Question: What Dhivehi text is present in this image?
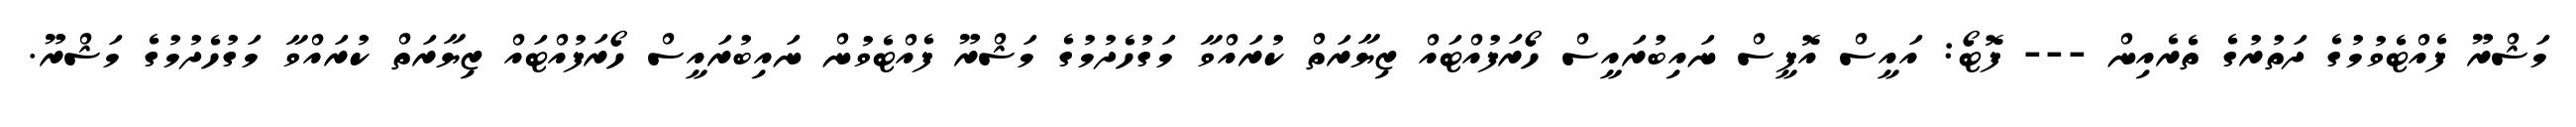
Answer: މަޝްރޫ ފެއްޓެވުމުގެ ދަތުރުގެ ތެރެއިން --- ފޮޓޯ: އައީސް އޮފީސް ނައިބުރައީސް ހޯރަފުއްޓައް ޒިޔާރަތް ކުރައްވާ މަގުހެދުމުގެ މަޝްރޫ ފެއްޓެވުން ނައިބުރައީސް ހޯރަފުއްޓައް ޒިޔާރަތް ކުރައްވާ މަގުހެދުމުގެ މަޝްރޫ.